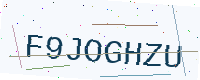
Text: F9JOGHZU